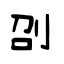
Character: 刟